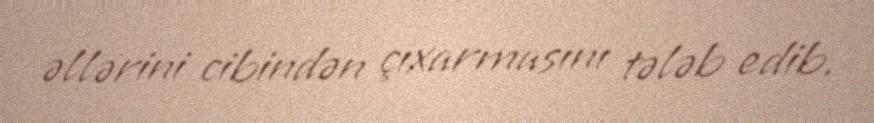
əllərini cibindən çıxarmasını tələb edib.